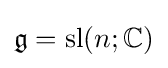
{\mathfrak {g}}=\mathrm {sl} (n;\mathbb {C} )